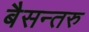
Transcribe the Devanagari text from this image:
बैसन्तरु